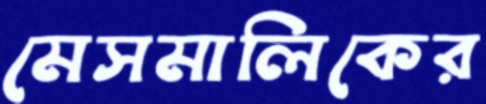
মেসমালিকের